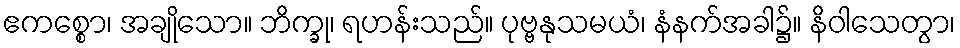
ဧကစ္စော၊ အချိုသော။ ဘိက္ခု၊ ရဟန်းသည်။ ပုဗ္ဗနုသမယံ၊ နံနက်အခါ၌။ နိဝါသေတွာ၊